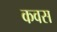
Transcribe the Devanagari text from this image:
कवस